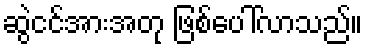
ဆွဲငင်အားအတု ဖြစ်ပေါ်လာသည်။